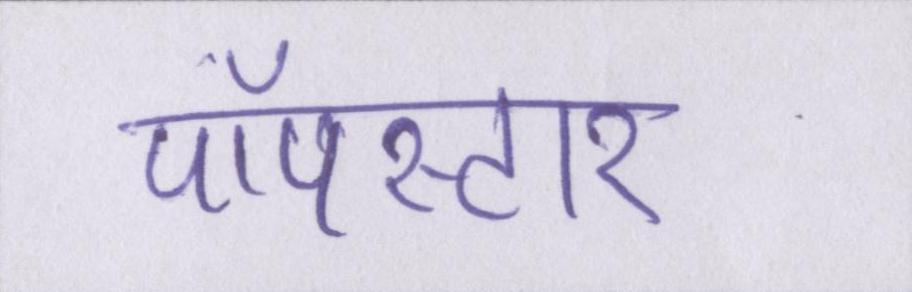
पॉपस्टार